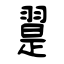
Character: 翨